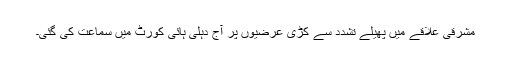
مشرقی علاقے میں پھیلے تشدد سے کڑی عرضیوں پر آج دہلی ہائی کورٹ میں سماعت کی گئی۔